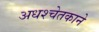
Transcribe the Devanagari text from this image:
अधश्चेतकाने